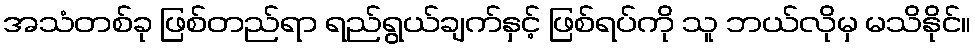
အသံတစ်ခု ဖြစ်တည်ရာ ရည်ရွယ်ချက်နှင့် ဖြစ်ရပ်ကို သူ ဘယ်လိုမှ မသိနိုင်။